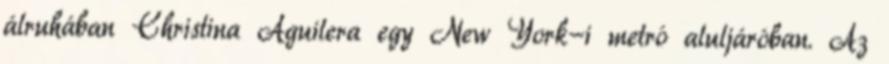
álruhában Christina Aguilera egy New York-i metró aluljáróban. Az